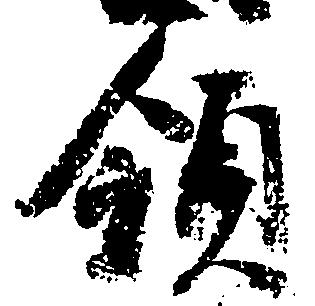
領